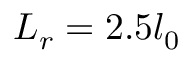
L _ { r } = 2 . 5 l _ { 0 }